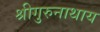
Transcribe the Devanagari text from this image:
श्रीगुरुनाथाय